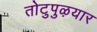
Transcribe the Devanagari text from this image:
तोटुपुऴयार